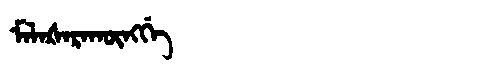
Manchu: ᠮᠠᠯᠠᡧᠠᡵᠠᡴᡡᠩᡤᡝ
Romanization: MALAŠARAKŪNGGE